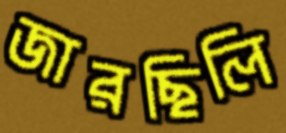
জারছিলি